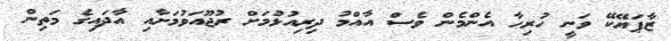
ޒާޕަޔޭކޭ ވަނީ ހުރިހާ އެންމެން ވެސް އާއްމު ދިރިއުޅުމަށް ރުޖޫއަވުމަށާއި އާދައިގެ މަތިން